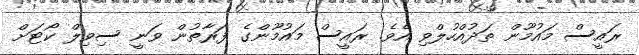
ރައީސް މައުމޫން ތަދުއްހުލްވި އެވެ. ރައީސް މައުމޫންގެ ފަރާތުން ވަނީ ސިވިލް ކޯޓަށް